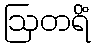
ဩတရိံ